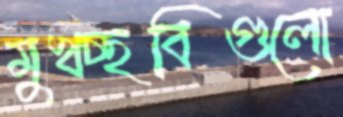
মুখচ্ছবিগুলো